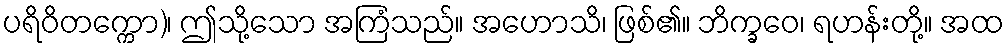
ပရိဝိတက္ကော)၊ ဤသို့သော အကြံသည်။ အဟောသိ၊ ဖြစ်၏။ ဘိက္ခဝေ၊ ရဟန်းတို့။ အထ